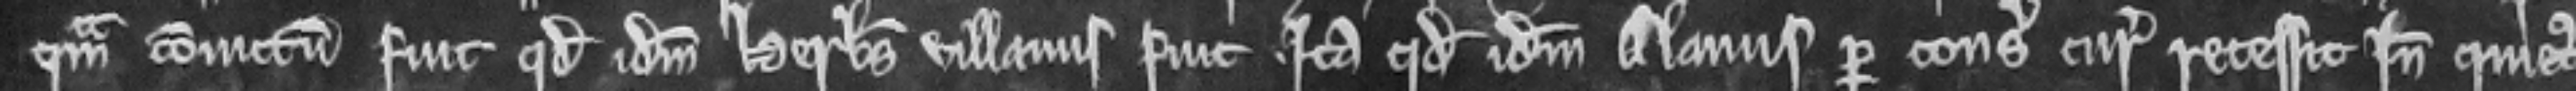
convictum fuit quod idem Herbertus villanus fuit. ita quod idem Alanus per consilium curie recessit inde quietus